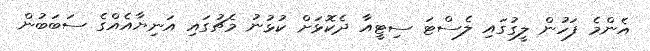
އެންމެ ފަހުން ލީގުގައި ލެސްޓަ ސިޓީއާ ދެކޮޅަށް ކުޅުނު މެޗުގައި އަނިޔާއެއްގެ ސަބަބުން